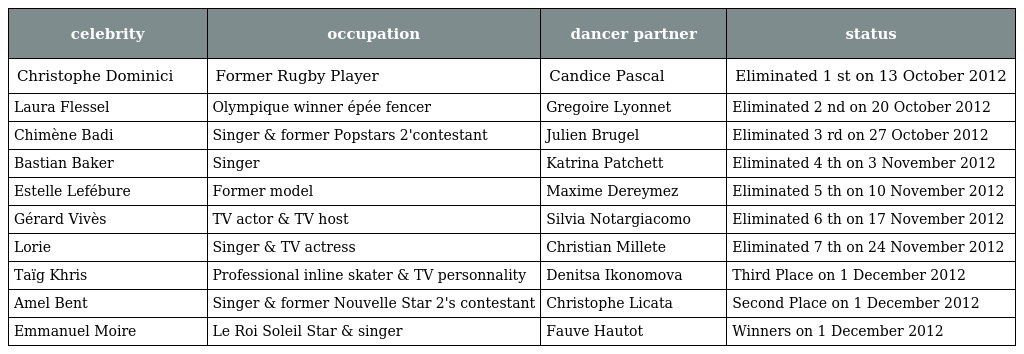
| celebrity | occupation | dancer partner | status |
 | --- | --- | --- | --- |
 | Christophe Dominici | Former Rugby Player | Candice Pascal | Eliminated 1 st on 13 October 2012 |
 | Laura Flessel | Olympique winner épée fencer | Gregoire Lyonnet | Eliminated 2 nd on 20 October 2012 |
 | Chimène Badi | Singer & former Popstars 2'contestant | Julien Brugel | Eliminated 3 rd on 27 October 2012 |
 | Bastian Baker | Singer | Katrina Patchett | Eliminated 4 th on 3 November 2012 |
 | Estelle Lefébure | Former model | Maxime Dereymez | Eliminated 5 th on 10 November 2012 |
 | Gérard Vivès | TV actor & TV host | Silvia Notargiacomo | Eliminated 6 th on 17 November 2012 |
 | Lorie | Singer & TV actress | Christian Millete | Eliminated 7 th on 24 November 2012 |
 | Taïg Khris | Professional inline skater & TV personnality | Denitsa Ikonomova | Third Place on 1 December 2012 |
 | Amel Bent | Singer & former Nouvelle Star 2's contestant | Christophe Licata | Second Place on 1 December 2012 |
 | Emmanuel Moire | Le Roi Soleil Star & singer | Fauve Hautot | Winners on 1 December 2012 |